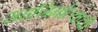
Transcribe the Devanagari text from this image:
सहनिर्मात्याची